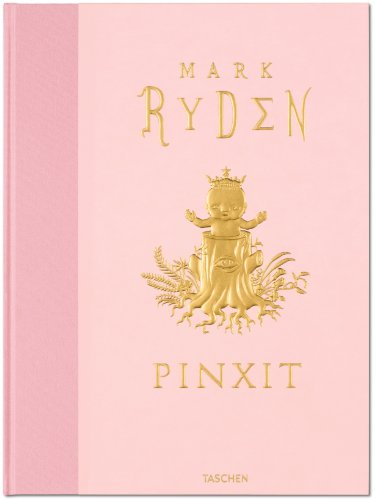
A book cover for Mark Ryden: Pinxit; Amanda Erlanson; Arts & Photography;